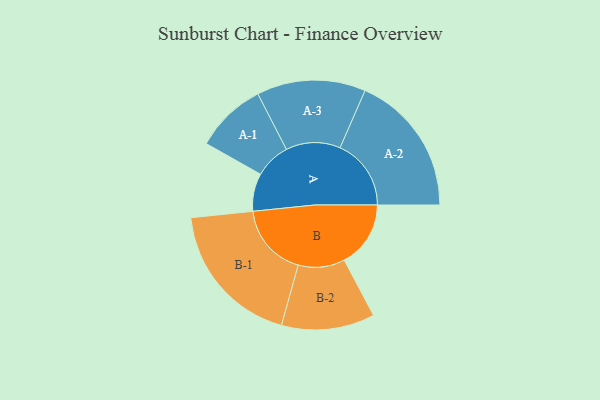
{"axis": {"x": "Segment", "y": "Value"}, "legend": ["", "A", "B"], "data": [{"x": "A", "y": 145, "type": ""}, {"x": "B", "y": 255, "type": ""}, {"x": "A-1", "y": 137, "type": "A"}, {"x": "A-2", "y": 273, "type": "A"}, {"x": "A-3", "y": 209, "type": "A"}, {"x": "B-1", "y": 282, "type": "B"}, {"x": "B-2", "y": 179, "type": "B"}]}